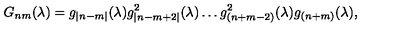
G _ { n m } ( \lambda ) = g _ { | n - m | } ( \lambda ) g _ { | n - m + 2 | } ^ { 2 } ( \lambda ) \ldots g _ { ( n + m - 2 ) } ^ { 2 } ( \lambda ) g _ { ( n + m ) } ( \lambda ) ,